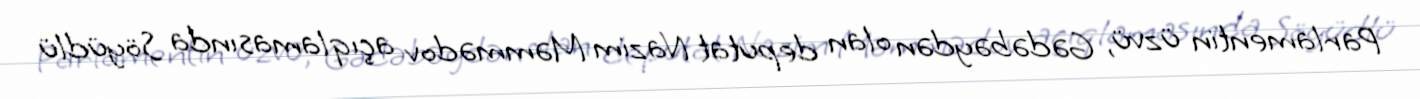
Parlamentin üzvü, Gədəbəydən olan deputat Nazim Məmmədov açıqlamasında Söyüdlü